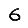
Digit: 6